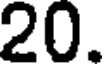
20.